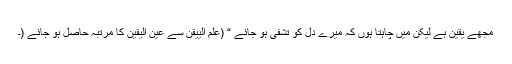
مجھے یقین ہے لیکن میں چاہتا ہوں کہ میرے دل کو تشفی ہو جائے “ (علم الییقن سے عین الیقین کا مرتبہ حاصل ہو جائے (۔